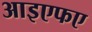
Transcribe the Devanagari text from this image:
आइएफए